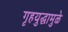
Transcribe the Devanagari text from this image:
गृहयुद्धामुळे